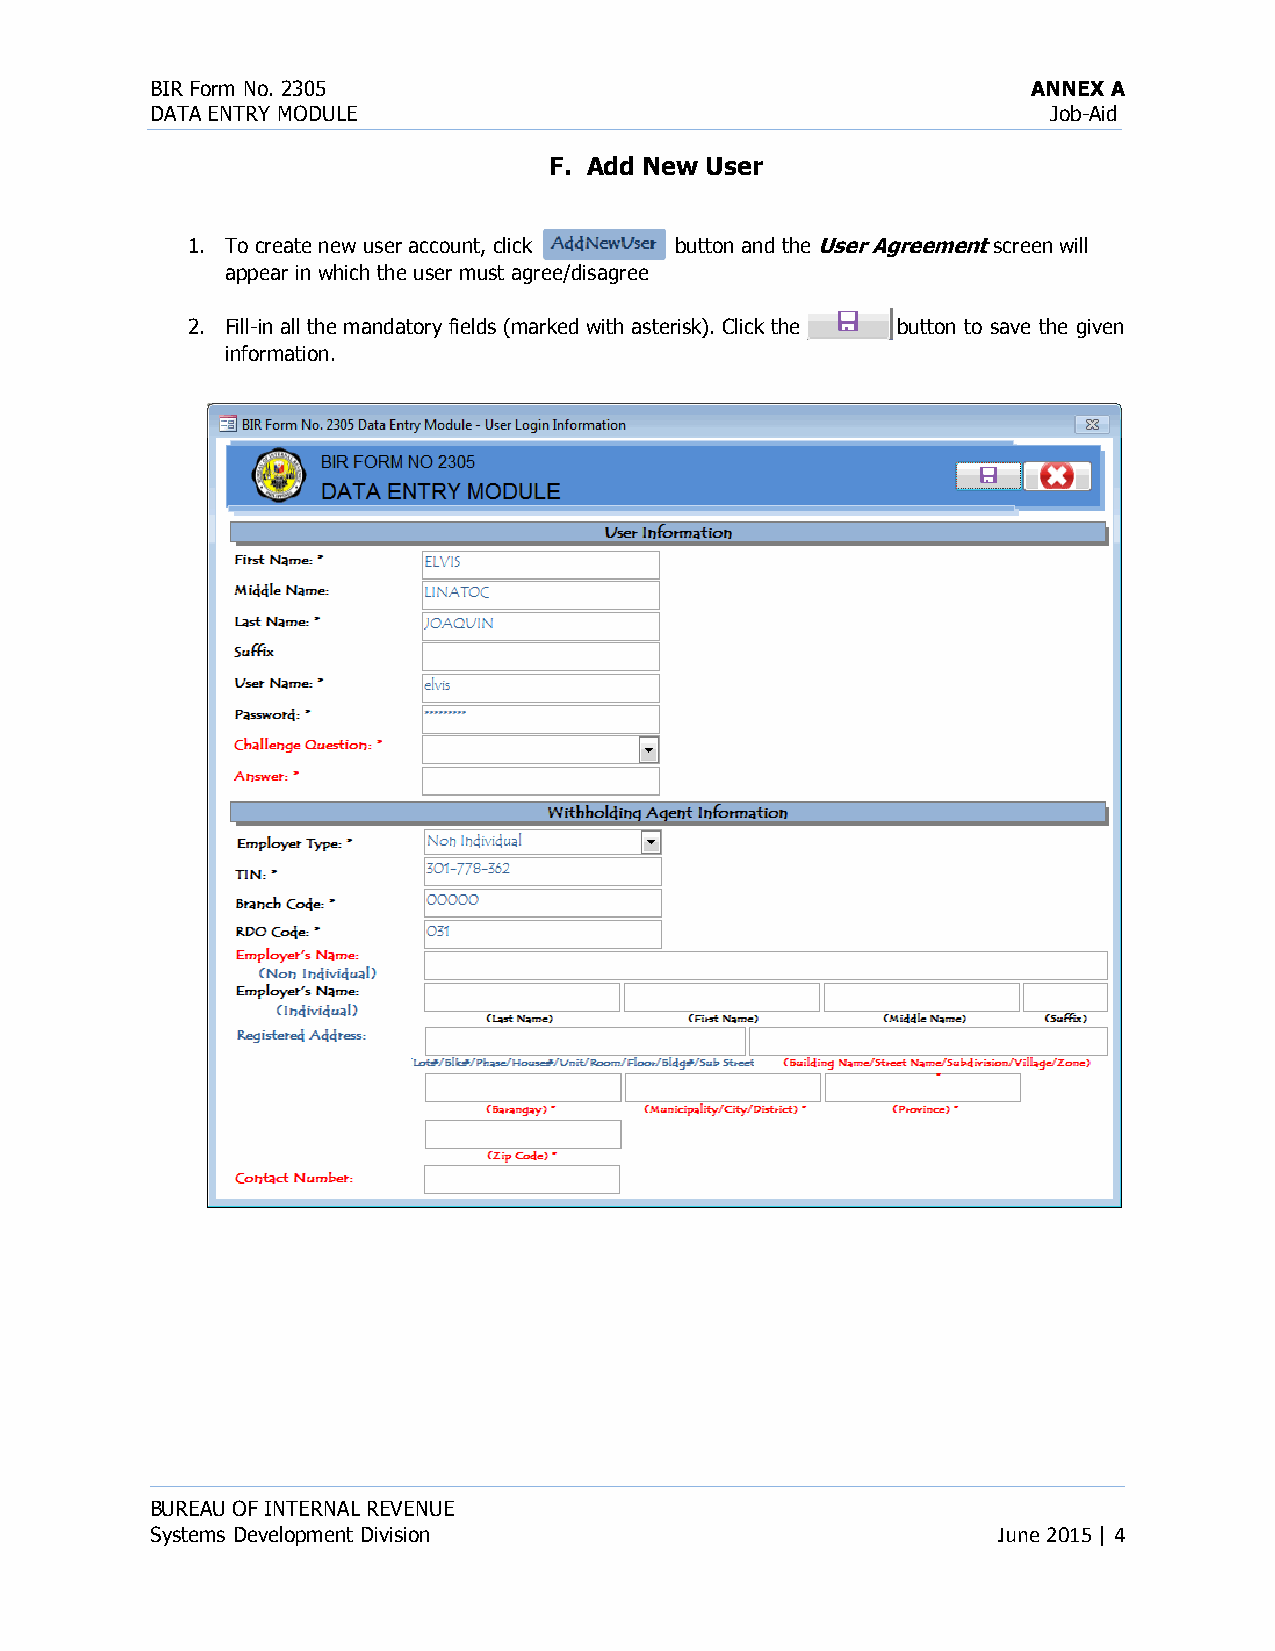
BIR Form No. 2305                                         ANNEX A
 DATA ENTRY MODULE                                           Job-Aid
 F. Add New User
 1. To create new user account, click button and the User Agreement screen will
 appear in which the user must agree/disagree
 2. Fill-in all the mandatory fields (marked with asterisk). Click the button to save the given
 information.
 BUREAU OF INTERNAL REVENUE
 Systems Development Division                            June 2015 | 4